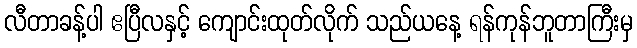
လီတာခန့်ပါ ဧပြီလနှင့် ကျောင်းထုတ်လိုက် သည်ယနေ့ ရန်ကုန်ဘူတာကြီးမှ